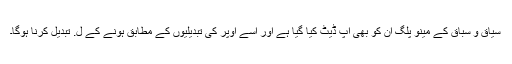
سیاق و سباق کے مینو پلگ ان کو بھی اپ ڈیٹ کیا گیا ہے اور اسے اوپر کی تبدیلیوں کے مطابق ہونے کے ل. تبدیل کرنا ہوگا۔